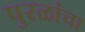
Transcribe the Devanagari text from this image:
पुरळांचा